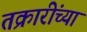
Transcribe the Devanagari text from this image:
तक्रारींच्या